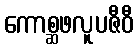
ကောစ္ဆဖလူပဇီဝီ